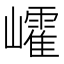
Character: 𡾜